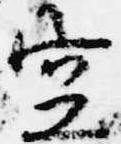
空